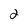
Character: 2